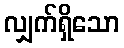
လျှက်ရှိသော